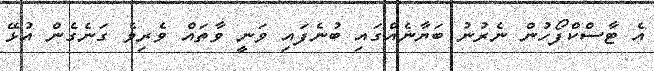
އެ ޓާސްކްފޯހުން ނެރުނު ބަޔާނެއްގައި ބުނެފައި ވަނީ ވާތައް ވެރިވެ ގަނެގެން އުޅޭ